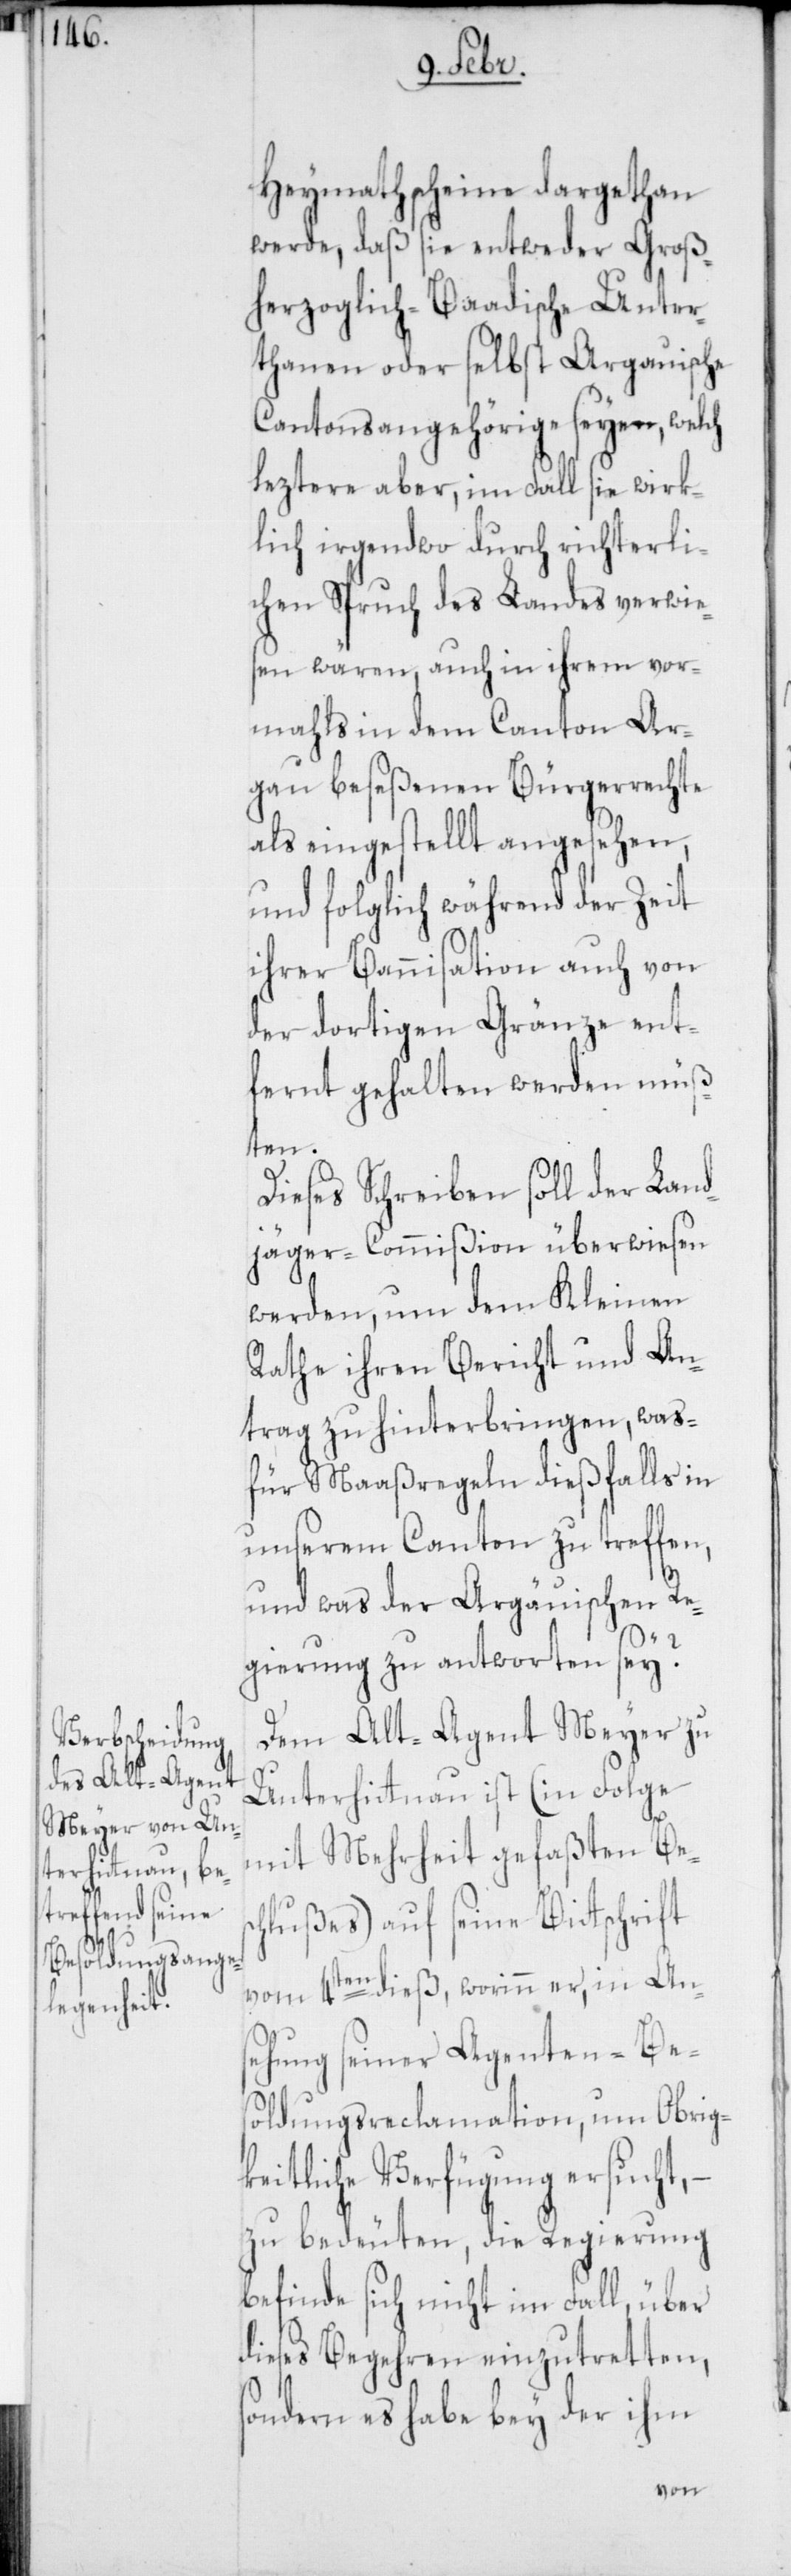
Heymathscheine dargethan
werde, daß sie entweder Groß¬
herzoglich-Baadische Unter¬
thanen oder selbst Argauische
Cantonsangehörige seyen, welch
leztere aber, im Fall sie wirk¬
lich irgendwo durch richterli¬
chen Spruch des Landes verwie¬
sen wären, auch in ihrem vor¬
mahls in dem Canton Ar¬
gau beseßenen Bürgerrechte
als eingestellt angesehen,
und folglich während der Zeit
ihrer Bannisation auch von
der dortigen Gränze ent¬
fernt gehalten werden müß¬
ten.
Dieses Schreiben soll der Land¬
jäger-Commißion überwiesen
werden, um dem Kleinen
Rathe ihren Bericht und An¬
trag zu hinterbringen, was
für Maaßregeln dießfalls in
unserem Canton zu treffen,
und was der Argauischen Re¬
gierung zu antworten sey?
Dem Alt-Agent Meyer zu
Unterhitnau ist (in Folge
mit Mehrheit gefaßten Besc¬
hlußes) auf seine Bitschrift
vom 4ten dieß, worinn er, in An¬
sehung seiner Agenten-Be¬
soldungsreclamation, um Obrig¬
keitliche Verfügung ersucht, –
zu bedeuten, die Regierung
befinde sich nicht im Fall, über
dieses Begehren einzutretten,
sondern es habe bey der ihm